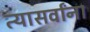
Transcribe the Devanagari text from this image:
त्यासर्वांना